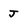
Character: J